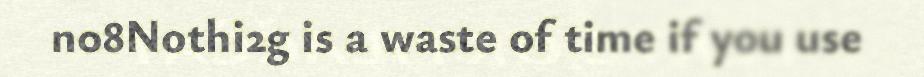
n08Nothi2g is a waste of time if you use